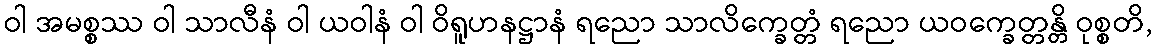
ဝါ အမစ္စဿ ဝါ သာလီနံ ဝါ ယဝါနံ ဝါ ဝိရူဟနဋ္ဌာနံ ရညော သာလိက္ခေတ္တံ ရညော ယဝက္ခေတ္တန္တိ ဝုစ္စတိ,